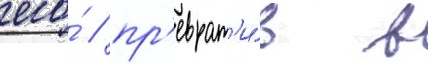
его́ / пр'еврат'и́в в